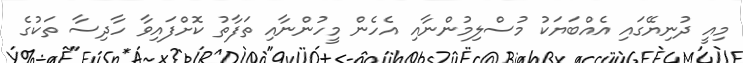
މިއީ ދުނިޔޭގައި އެއްބަޔަކު މުސްލިމުންނާއި އެހެން މީހުންނާއި ތަފާތު ކޮށްފައިވާ ހާދިސާ ތަކުގެ